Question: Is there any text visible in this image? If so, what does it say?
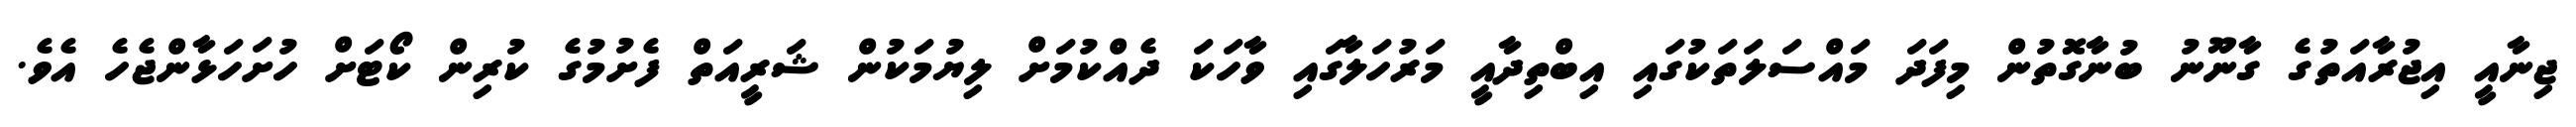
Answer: ޖިނާއީ އިޖުރާއަތުގެ ގާނޫނު ބުނާގޮތުން މިފަދަ މައްސަލަތަކުގައި އިބްތިދާއީ މަރުހަލާގައި ވާހަކަ ދެއްކުމަށް ލިޔުމަކުން ޝަރީއަތް ފެށުމުގެ ކުރިން ކޯޓަށް ހުށަހަޅާންޖެހެ އެވެ.